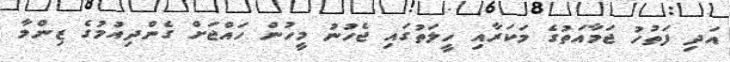
އަދި ފަތުހު ޖަމާއަތުގެ މަކަރާއި ހީލަތުގައި ޖެހުނު މީހުން ހައްޖަށް ގެންދިއުމުގެ ޒިންމާ